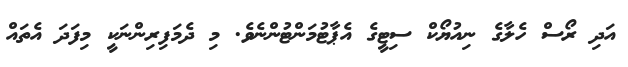
އަދި ރޯސް ހެލާގެ ނިއުޔޯކް ސިޓީގެ އެޕާޓުމަންޓުންނެވެ. މި ދެމަފިރިންނަކީ މިފަދަ އެތައް